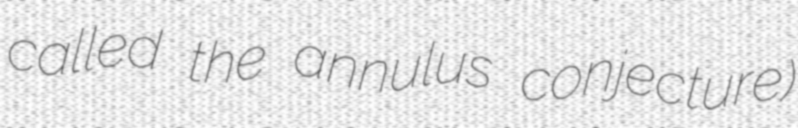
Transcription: called the annulus conjecture)